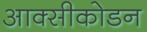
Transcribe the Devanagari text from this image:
आक्सीकोडन